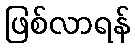
ဖြစ်လာရန်